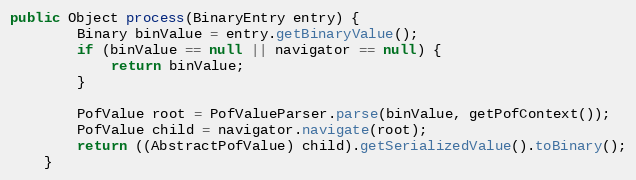
Language: Java
public Object process(BinaryEntry entry) {
        Binary binValue = entry.getBinaryValue();
        if (binValue == null || navigator == null) {
            return binValue;
        }

        PofValue root = PofValueParser.parse(binValue, getPofContext());
        PofValue child = navigator.navigate(root);
        return ((AbstractPofValue) child).getSerializedValue().toBinary();
    }